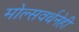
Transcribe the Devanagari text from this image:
मोल्सवर्थनेही